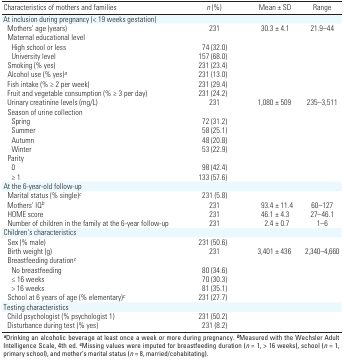
| Characteristics of mothers and families | n (%) | Mean ± SD | Range |
 | --- | --- | --- | --- |
 | At inclusion during pregnancy (< 19 weeks gestation) |
 | Mothers’ age (years) | 231 | 30.3 ± 4.1 | 21.9–44 |
 | Maternal educational level |
 | High school or less | 74 (32.0) |
 | University level | 157 (68.0) |
 | Smoking (% yes) | 231 (23.4) |
 | Alcohol use (% yes)a | 231 (13.0) |
 | Fish intake (% ≥ 2 per week) | 231 (29.4) |
 | Fruit and vegetable consumption (% ≥ 3 per day) | 231 (24.2) |
 | Urinary creatinine levels (mg/L) | 231 | 1,080 ± 509 | 235–3,511 |
 | Season of urine collection |
 | Spring | 72 (31.2) |
 | Summer | 58 (25.1) |
 | Autumn | 48 (20.8) |
 | Winter | 53 (22.9) |
 | Parity |
 | 0 | 98 (42.4) |
 | ≥ 1 | 133 (57.6) |
 | At the 6-year-old follow-up |
 | Marital status (% single)c | 231 (5.8) |
 | Mothers’ IQb | 231 | 93.4 ± 11.4 | 60–127 |
 | HOME score | 231 | 46.1 ± 4.3 | 27–46.1 |
 | Number of children in the family at the 6-year follow-up | 231 | 2.4 ± 0.7 | 1–6 |
 | Children’s characteristics |
 | Sex (% male) | 231 (50.6) |
 | Birth weight (g) | 231 | 3,401 ± 436 | 2,340–4,660 |
 | Breastfeeding durationc |
 | No breastfeeding | 80 (34.6) |
 | ≤ 16 weeks | 70 (30.3) |
 | > 16 weeks | 81 (35.1) |
 | School at 6 years of age (% elementary)c | 231 (27.7) |
 | Testing characteristics |
 | Child psychologist (% psychologist 1) | 231 (50.2) |
 | Disturbance during test (% yes) | 231 (8.2) |
 | <COLSPAN=4> aDrinking an alcoholic beverage at least once a week or more during pregnancy. bMeasured with the Wechsler Adult Intelligence Scale, 4th ed. cMissing values were imputed for breastfeeding duration (n = 1, > 16 weeks), school (n = 1, primary school), and mother’s marital status (n = 8, married/cohabitating). |